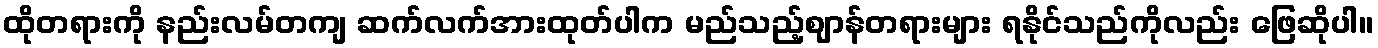
ထိုတရားကို နည်းလမ်တကျ ဆက်လက်အားထုတ်ပါက မည်သည့်ဈာန်တရားများ ရနိုင်သည်ကိုလည်း ဖြေဆိုပါ။